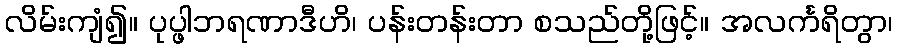
လိမ်းကျံ၍။ ပုပ္ဖါဘရဏာဒီဟိ၊ ပန်းတန်းတာ စသည်တို့ဖြင့်။ အလင်္ကရိတွာ၊